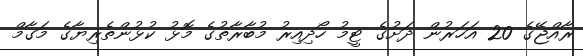
ރާއްޖޭގެ 20 އަހަރުން ދަށުގެ ޓީމު ހޯދިއިރު މުބާރާތުގެ މޮޅު ކުޅުންތެރިޔާގެ މަގާމް